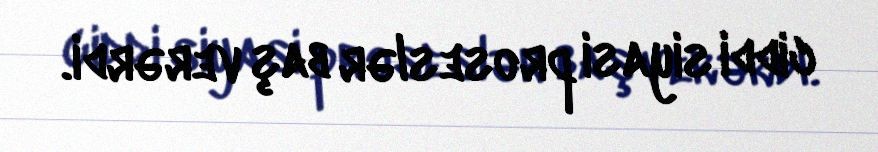
ciddi siyasi proseslər baş verərdi.